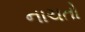
નાચતો